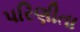
પરિણીતા